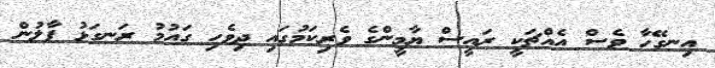
އިނގޭހާ ވެސް އެއްޗަކީ ރައީސް ޔާމީންގެ ވެރިކަމުގައި ދިވެހި ގައުމު ރަނގަޅު ފާލުން